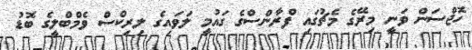
ހޮޖްސަން ވަނީ މިރޭގެ މެޗުގައި ފްރާންސްގެ ގައުމީ ލަވައިގެ ލިރިކްސް ވެމްބްލީގެ ބޮޑު